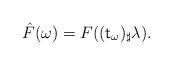
LaTeX: \begin{align*} \hat F(\omega)=F((\mathsf t_\omega)_\sharp\lambda).\end{align*}